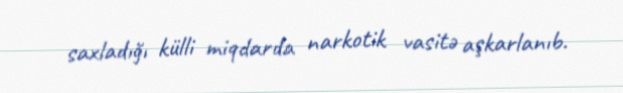
saxladığı külli miqdarda narkotik vasitə aşkarlanıb.